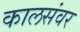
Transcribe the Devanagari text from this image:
कालसंवर